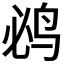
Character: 𮭤